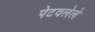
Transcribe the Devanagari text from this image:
पेटवलेले